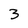
Character: 3